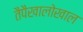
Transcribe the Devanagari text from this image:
तैपैखालोखाल